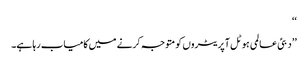
‘‘
’’دبئی عالمی ہوٹل آپریٹروں کو متوجہ کرنے میں کامیاب رہا ہے۔